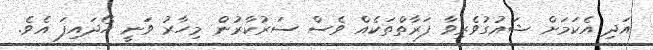
އަދި އެކަމަށް ޝައުގުވެރިވާ ފަރާތްތަކެއް ވެސް ސަރުކާރުން މިހާރު ވަނީ ހޯދައިފަ އެވެ.